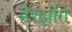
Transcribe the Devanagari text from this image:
हेरझॉग